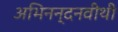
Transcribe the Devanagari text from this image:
अभिनन्दनवीथी